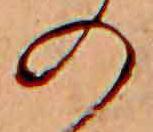
の